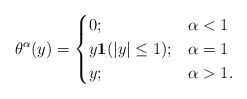
\begin{align*}\theta^\alpha(y) =\begin{cases}0; & \alpha <1\\y \mathbf{1}(|y| \leq 1); & \alpha =1\\y; & \alpha >1.\end{cases}\end{align*}